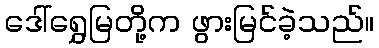
ဒေါ်ရွှေမြတို့က ဖွားမြင်ခဲ့သည်။